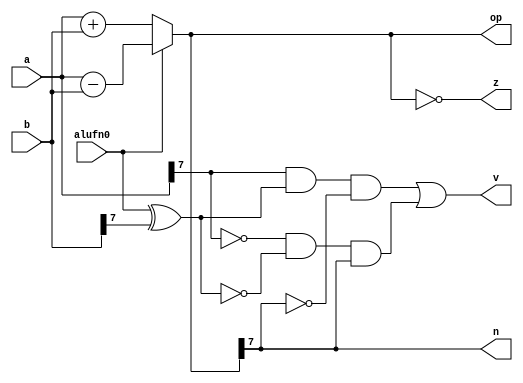
/*
   This file was generated automatically by the Mojo IDE version B1.3.5.
   Do not edit this file directly. Instead edit the original Lucid source.
   This is a temporary file and any changes made to it will be destroyed.
*/

module adder_22 (
    input [7:0] a,
    input [7:0] b,
    input alufn0,
    output reg [7:0] op,
    output reg z,
    output reg v,
    output reg n
  );
  
  
  
  reg [7:0] tmpsum;
  
  reg xb7;
  
  always @* begin
    if (alufn0) begin
      tmpsum = a - b;
    end else begin
      tmpsum = a + b;
    end
    xb7 = (alufn0 ^ b[7+0-:1]);
    op = tmpsum;
    z = (tmpsum == 8'h00);
    n = tmpsum[7+0-:1];
    v = (a[7+0-:1] & xb7 & (~tmpsum[7+0-:1])) | ((~a[7+0-:1]) & (~xb7) & tmpsum[7+0-:1]);
  end
endmodule